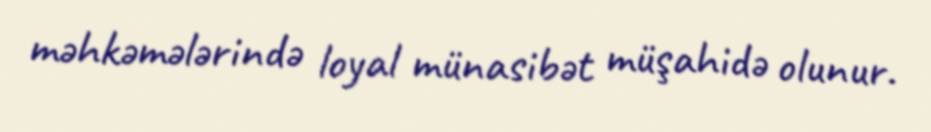
məhkəmələrində loyal münasibət müşahidə olunur.